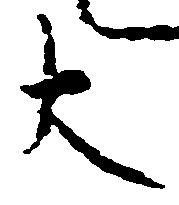
大